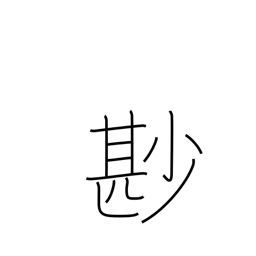
Meaning: not a little